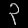
Digit: ၃